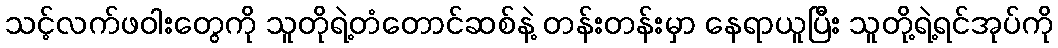
သင့်လက်ဖဝါးတွေကို သူတိုရဲ့တံတောင်ဆစ်နဲ့ တန်းတန်းမှာ နေရာယူပြီး သူတို့ရဲ့ရင်အုပ်ကို